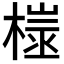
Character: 𪳢